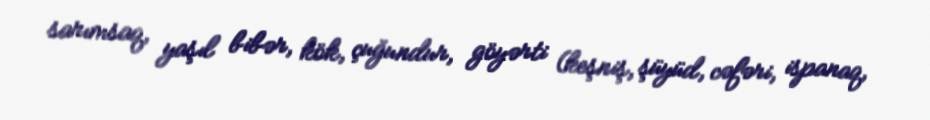
sarımsaq, yaşıl bibər, kök, çuğundur, göyərti (keşniş, şüyüd, cəfəri, ispanaq,